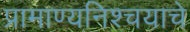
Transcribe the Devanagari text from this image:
प्रामाण्यनिश्चयाचे